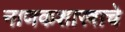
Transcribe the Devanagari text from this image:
नाणकशास्त्राचे